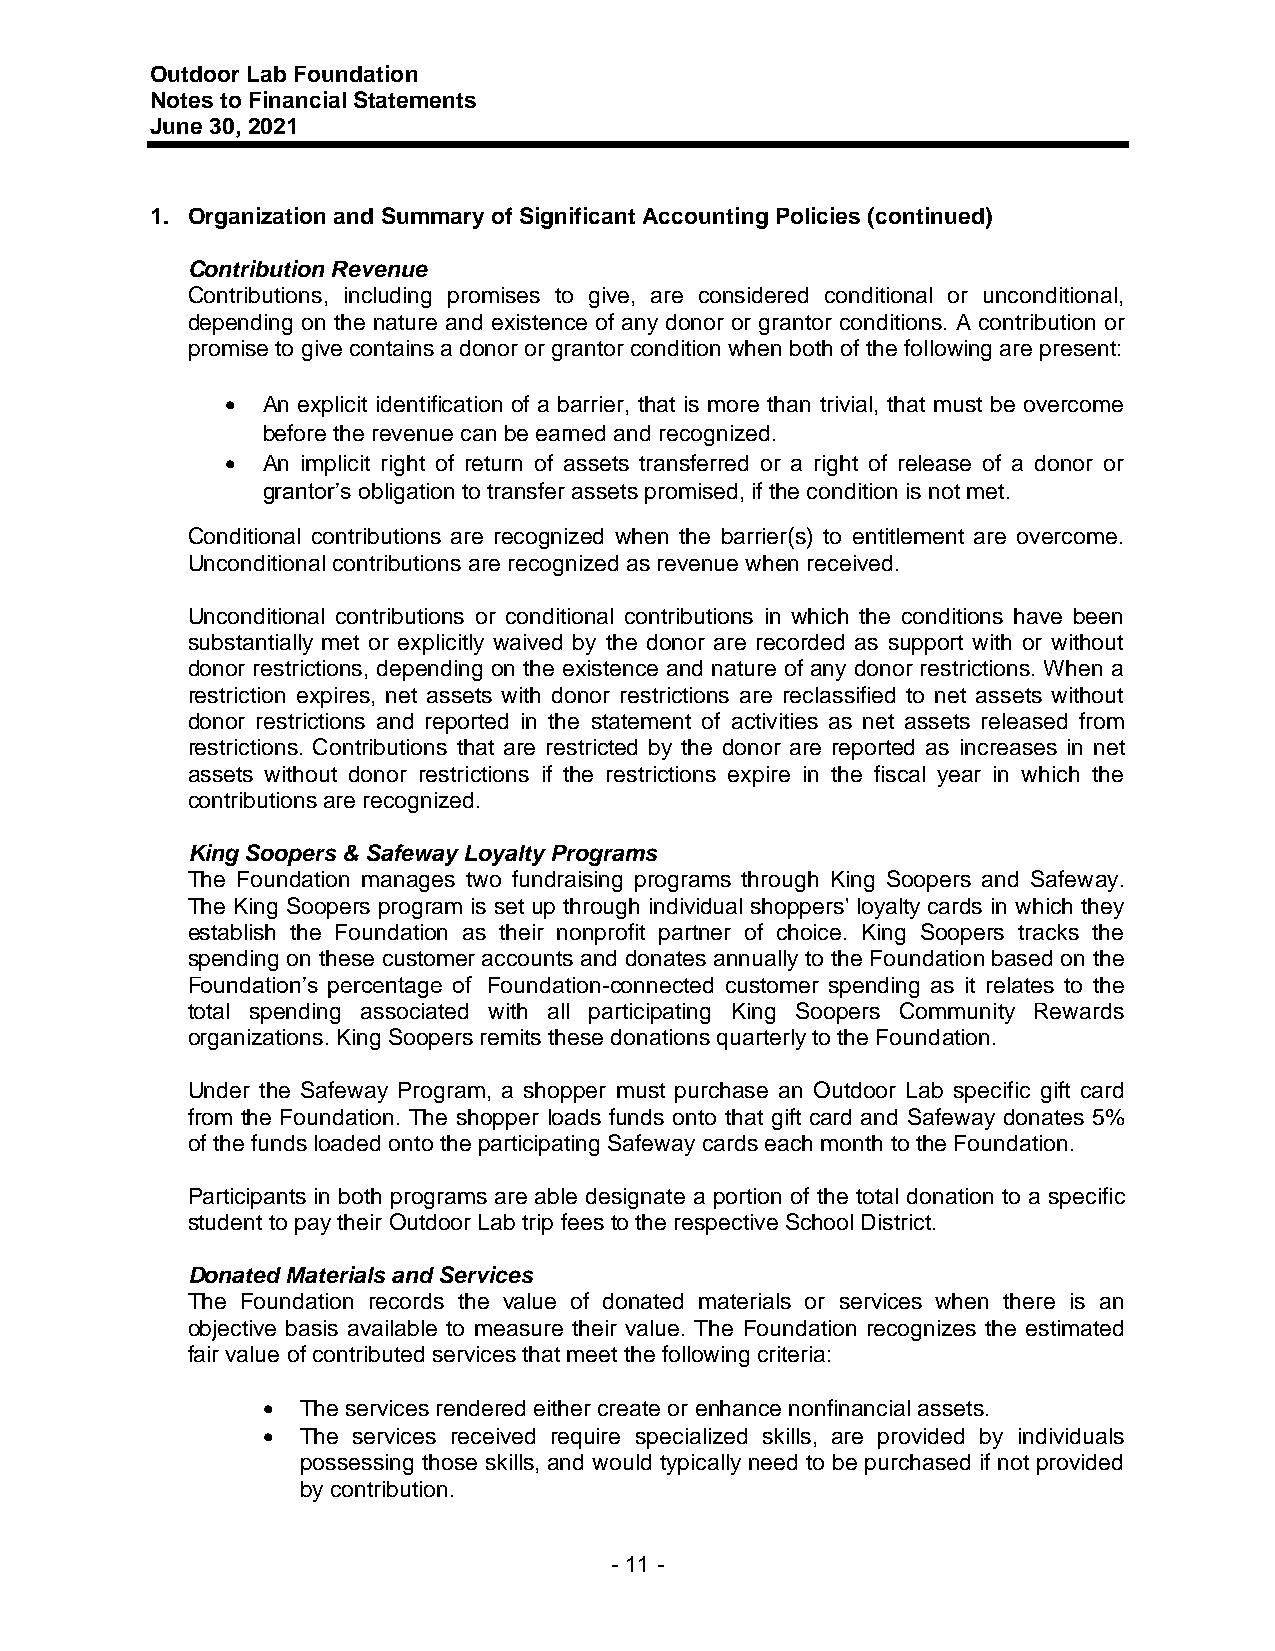
Outdoor Lab Foundation
 Notes to Financial Statements
 June 30, 2021
 1. Organization and Summary of Significant Accounting Policies (continued)
 Contribution Revenue
 Contributions, including promises to give, are considered conditional or unconditional,
 depending on the nature and existence of any donor or grantor conditions. A contribution or
 promise to give contains a donor or grantor condition when both of the following are present:
 • An explicit identification of a barrier, that is more than trivial, that must be overcome
 before the revenue can be earned and recognized.
 • An implicit right of return of assets transferred or a right of release of a donor or
 grantor’s obligation to transfer assets promised, if the condition is not met.
 Conditional contributions are recognized when the barrier(s) to entitlement are overcome.
 Unconditional contributions are recognized as revenue when received.
 Unconditional contributions or conditional contributions in which the conditions have been
 substantially met or explicitly waived by the donor are recorded as support with or without
 donor restrictions, depending on the existence and nature of any donor restrictions. When a
 restriction expires, net assets with donor restrictions are reclassified to net assets without
 donor restrictions and reported in the statement of activities as net assets released from
 restrictions. Contributions that are restricted by the donor are reported as increases in net
 assets without donor restrictions if the restrictions expire in the fiscal year in which the
 contributions are recognized.
 King Soopers & Safeway Loyalty Programs
 The Foundation manages two fundraising programs through King Soopers and Safeway.
 The King Soopers program is set up through individual shoppers' loyalty cards in which they
 establish the Foundation as their nonprofit partner of choice. King Soopers tracks the
 spending on these customer accounts and donates annually to the Foundation based on the
 Foundation’s percentage of Foundation-connected customer spending as it relates to the
 total spending associated with all participating King Soopers Community Rewards
 organizations. King Soopers remits these donations quarterly to the Foundation.
 Under the Safeway Program, a shopper must purchase an Outdoor Lab specific gift card
 from the Foundation. The shopper loads funds onto that gift card and Safeway donates 5%
 of the funds loaded onto the participating Safeway cards each month to the Foundation.
 Participants in both programs are able designate a portion of the total donation to a specific
 student to pay their Outdoor Lab trip fees to the respective School District.
 Donated Materials and Services
 The Foundation records the value of donated materials or services when there is an
 objective basis available to measure their value. The Foundation recognizes the estimated
 fair value of contributed services that meet the following criteria:
 •  The services rendered either create or enhance nonfinancial assets.
 •  The services received require specialized skills, are provided by individuals
 possessing those skills, and would typically need to be purchased if not provided
 by contribution.
 - 11 -